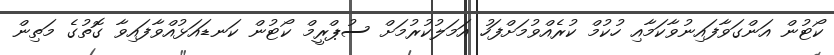
ކޯޓުން އަންގަވާފައިނުވާކަމާއި ހުކުމް ކުރެއްވުމަށްފަހު އަމަލުކުރުމަށް ސުޕްރީމް ކޯޓުން ކަނޑައަޅުއްވާފައިވާ ގޮތުގެ މަތިން